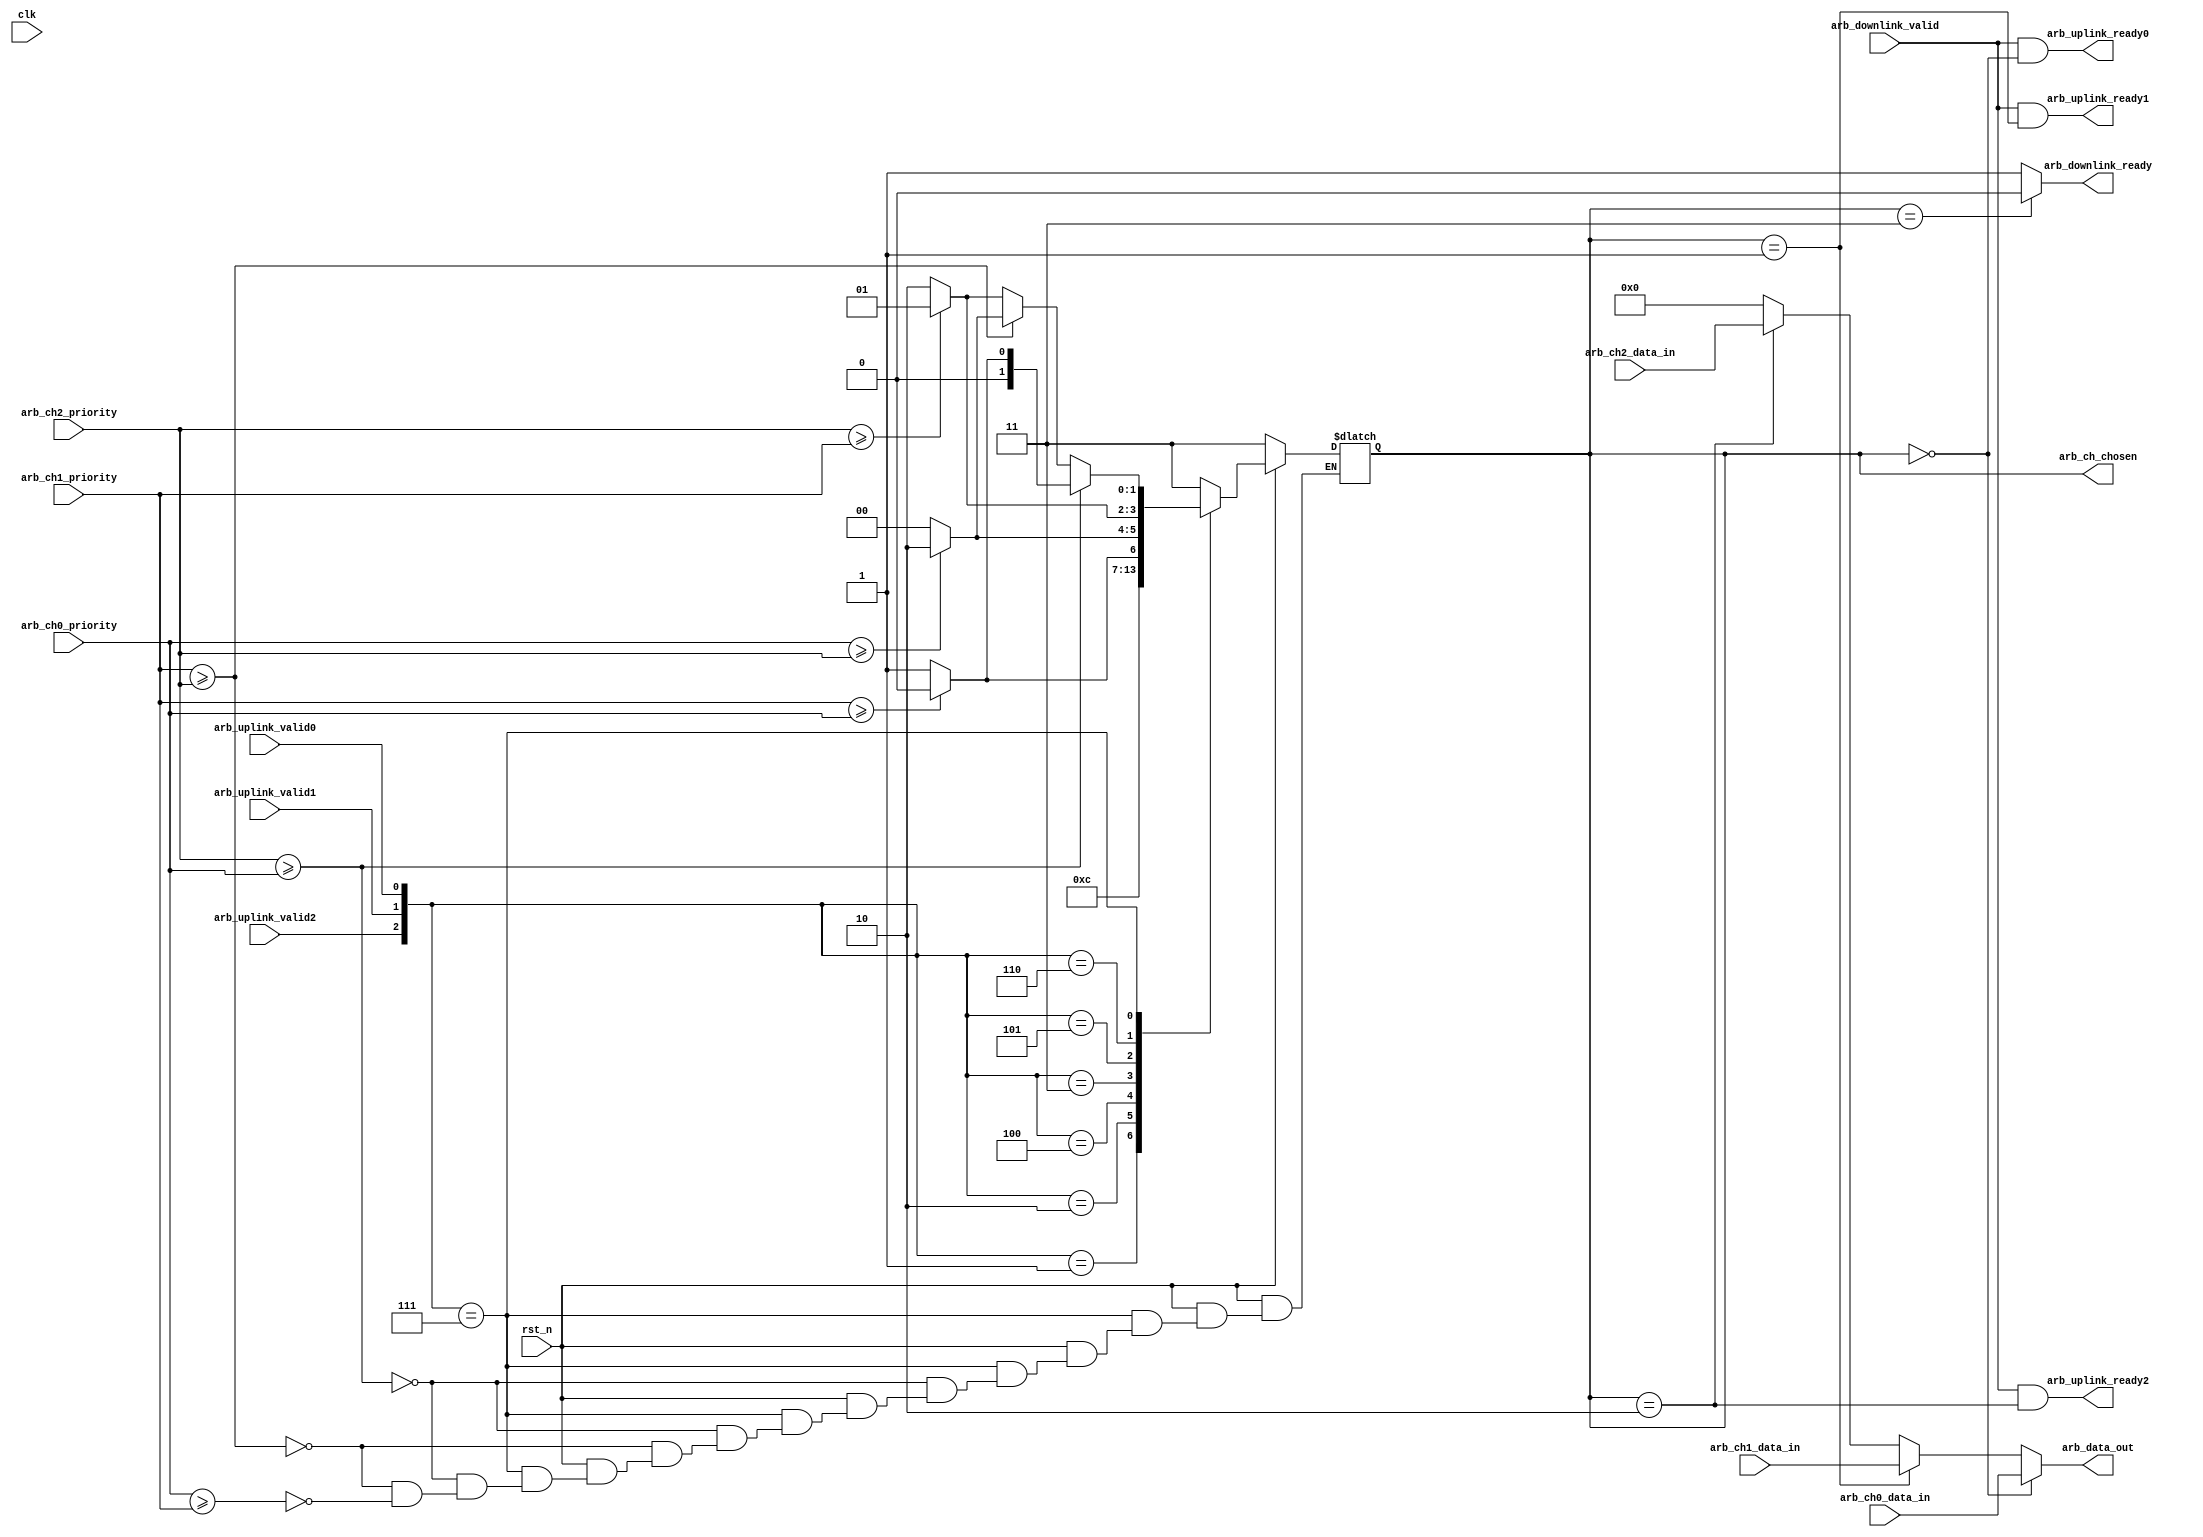
module arbiter (
    clk,
    rst_n,
    arb_ch0_priority,
    arb_ch1_priority,
    arb_ch2_priority,
    arb_uplink_valid0,
    arb_uplink_valid1,
    arb_uplink_valid2,
    arb_downlink_valid,
    arb_ch0_data_in,
    arb_ch1_data_in,
    arb_ch2_data_in,
    arb_downlink_ready,
    arb_uplink_ready0,
    arb_uplink_ready1,
    arb_uplink_ready2,
    arb_ch_chosen,
    arb_data_out);

    parameter FIFO_WIDE = 6'b10_0000;    //32bit 
    parameter CH0 = 2'b00;
    parameter CH1 = 2'b01;
    parameter CH2 = 2'b10;

    input clk;
    input rst_n;
    input [1 : 0] arb_ch0_priority;
    input [1 : 0] arb_ch1_priority;
    input [1 : 0] arb_ch2_priority;
    input arb_uplink_valid0;
    input arb_uplink_valid1;
    input arb_uplink_valid2;
    input arb_downlink_valid;
    input [FIFO_WIDE - 1 : 0] arb_ch0_data_in;
    input [FIFO_WIDE - 1 : 0] arb_ch1_data_in;
    input [FIFO_WIDE - 1 : 0] arb_ch2_data_in;
    output arb_uplink_ready0;
    output arb_uplink_ready1;
    output arb_uplink_ready2;
    output arb_downlink_ready;
    output [1 : 0] arb_ch_chosen;
    output [FIFO_WIDE - 1 : 0] arb_data_out;

    wire clk;
    wire rst_n;
    wire [1 : 0] arb_ch0_priority;
    wire [1 : 0] arb_ch1_priority;
    wire [1 : 0] arb_ch2_priority;
    wire arb_uplink_valid0;
    wire arb_uplink_valid1;
    wire arb_uplink_valid2;
    wire arb_downlink_valid;
    wire [FIFO_WIDE - 1 : 0] arb_ch0_data_in;
    wire [FIFO_WIDE - 1 : 0] arb_ch1_data_in;
    wire [FIFO_WIDE - 1 : 0] arb_ch2_data_in;
    wire arb_uplink_ready0;
    wire arb_uplink_ready1;
    wire arb_uplink_ready2;
    wire arb_downlink_ready;
    reg [1 : 0] arb_ch_chosen;
    wire [FIFO_WIDE - 1 : 0] arb_data_out;
    
    //priority
    always @(rst_n or arb_uplink_valid2 or arb_uplink_valid1 or arb_uplink_valid0 or
        arb_ch2_priority or arb_ch1_priority or arb_ch0_priority) begin
        if (!rst_n) arb_ch_chosen = 2'b11;
        else 
        case ({arb_uplink_valid2, arb_uplink_valid1, arb_uplink_valid0})
            3'b001 : arb_ch_chosen = CH0;
            3'b010 : arb_ch_chosen = CH1;
            3'b100 : arb_ch_chosen = CH2;
            3'b011 : if(arb_ch1_priority >= arb_ch0_priority) arb_ch_chosen = CH0;
                     else arb_ch_chosen = CH1;
            3'b101 : if(arb_ch0_priority >= arb_ch2_priority) arb_ch_chosen = CH2;
                     else arb_ch_chosen = CH0;
            3'b110 : if(arb_ch2_priority >= arb_ch1_priority) arb_ch_chosen = CH1; 
                     else arb_ch_chosen = CH2;
            3'b111: begin
                if (arb_ch2_priority >= arb_ch0_priority) begin
                    if(arb_ch1_priority >= arb_ch0_priority) arb_ch_chosen = CH0;
                    else arb_ch_chosen = CH1;
                end
                else if (arb_ch1_priority >= arb_ch2_priority) begin
                    if(arb_ch0_priority >= arb_ch2_priority) arb_ch_chosen = CH2;
                    else arb_ch_chosen = CH0;
                end
                else if (arb_ch0_priority >= arb_ch1_priority) begin
                    if(arb_ch2_priority >= arb_ch1_priority) arb_ch_chosen = CH1; 
                    else arb_ch_chosen = CH2;
                end
            end
            default : arb_ch_chosen = 2'b11;
        endcase
    end
    //hankshake port    
    assign arb_downlink_ready = ((arb_ch_chosen ==2'b11)? 0 : 1);
    assign arb_uplink_ready0 = arb_downlink_valid && (arb_ch_chosen==CH0);
    assign arb_uplink_ready1 = arb_downlink_valid && (arb_ch_chosen==CH1);
    assign arb_uplink_ready2 = arb_downlink_valid && (arb_ch_chosen==CH2);
    //arb data outputs
    assign arb_data_out = (arb_ch_chosen == CH0)? arb_ch0_data_in :
                          (arb_ch_chosen == CH1)? arb_ch1_data_in :
                          (arb_ch_chosen == CH2)? arb_ch2_data_in : 0;
   endmodule